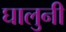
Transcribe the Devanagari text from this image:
घालुनी